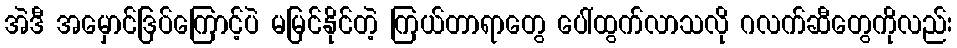
အဲဒီ အမှောင်ဒြပ်ကြောင့်ပဲ မမြင်နိုင်တဲ့ ကြယ်တာရာတွေ ပေါ်ထွက်လာသလို ဂလက်ဆီတွေကိုလည်း